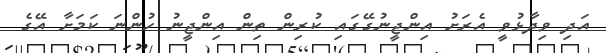
އަދި ވިދާޅުވީ އެރަށު އިންޖީނުގޭގައި ކުރިން ތިން އިންޖީނު ހުންނަ ކަމަށާ އޭގެ